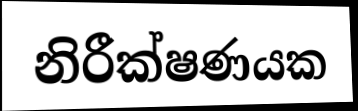
නිරීක්ෂණයක